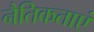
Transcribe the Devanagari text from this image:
नैतिकताएं